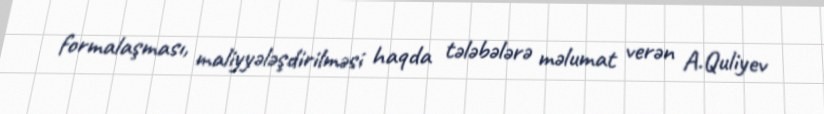
formalaşması, maliyyələşdirilməsi haqda tələbələrə məlumat verən A.Quliyev